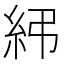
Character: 𥾯